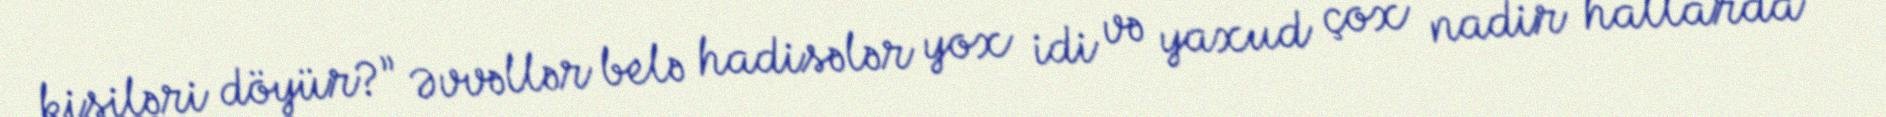
kişiləri döyür?” Əvvəllər belə hadisələr yox idi və yaxud çox nadir hallarda